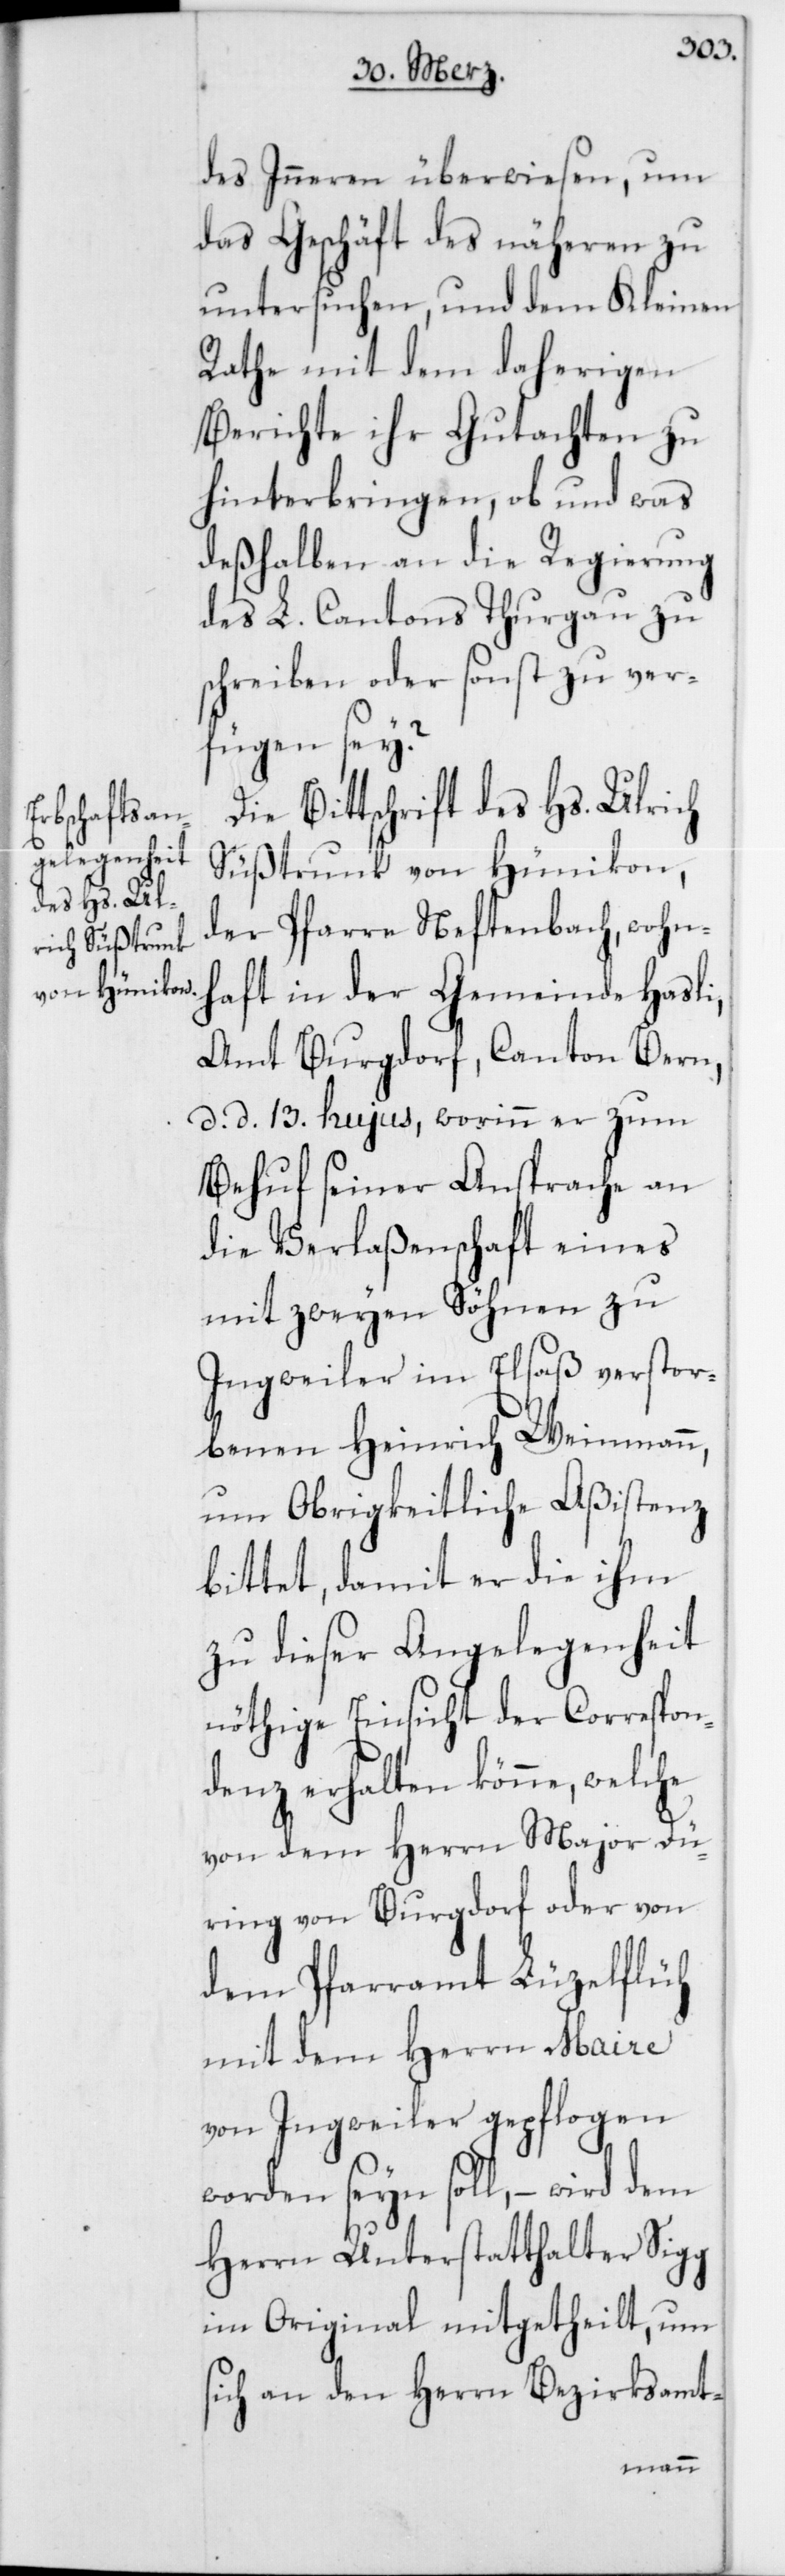
des Inneren überwiesen, um
das Geschäft des näheren zu
untersuchen, und dem Kleinen
Rathe mit dem daherigen
Berichte ihr Gutachten zu
hinterbringen, ob und was
deßhalben an die Regierung
des L. Cantons Thurgau zu
schreiben oder sonst zu ver¬
fügen sey?
Die Bittschrift des Hs. Ulrich
Süßtrunk von Hünikon,
der Pfarre Neftenbach, wohn¬
haft in der Gemeinde Hasli,
Amt Burgdorf, Canton Bern,
d. d. 13t. hujus, worinn er zum
Behuf seiner Ansprache an
die Verlaßenschaft eines
mit zweyen Söhnen zu
Ingweiler im Elsaß verstor¬
benen Heinrich Weinmann,
um Obrigkeiltiche Aßistenz
bittet, damit er die ihm
zu dieser Angelegenheit
nöthige Einsicht der Correspon¬
denz erhalten könne, welche
von dem Herrn Major Dü¬
ring von Burgdorf oder von
dem Pfarramt Lüzelflüh
mit dem Herrn Maire
von Ingweiler gepflogen
worden seyn soll, – wird dem
Herrn Unterstatthalter Sigg
im Original mitgetheilt, um
sich an den Herrn Bezirksamt-